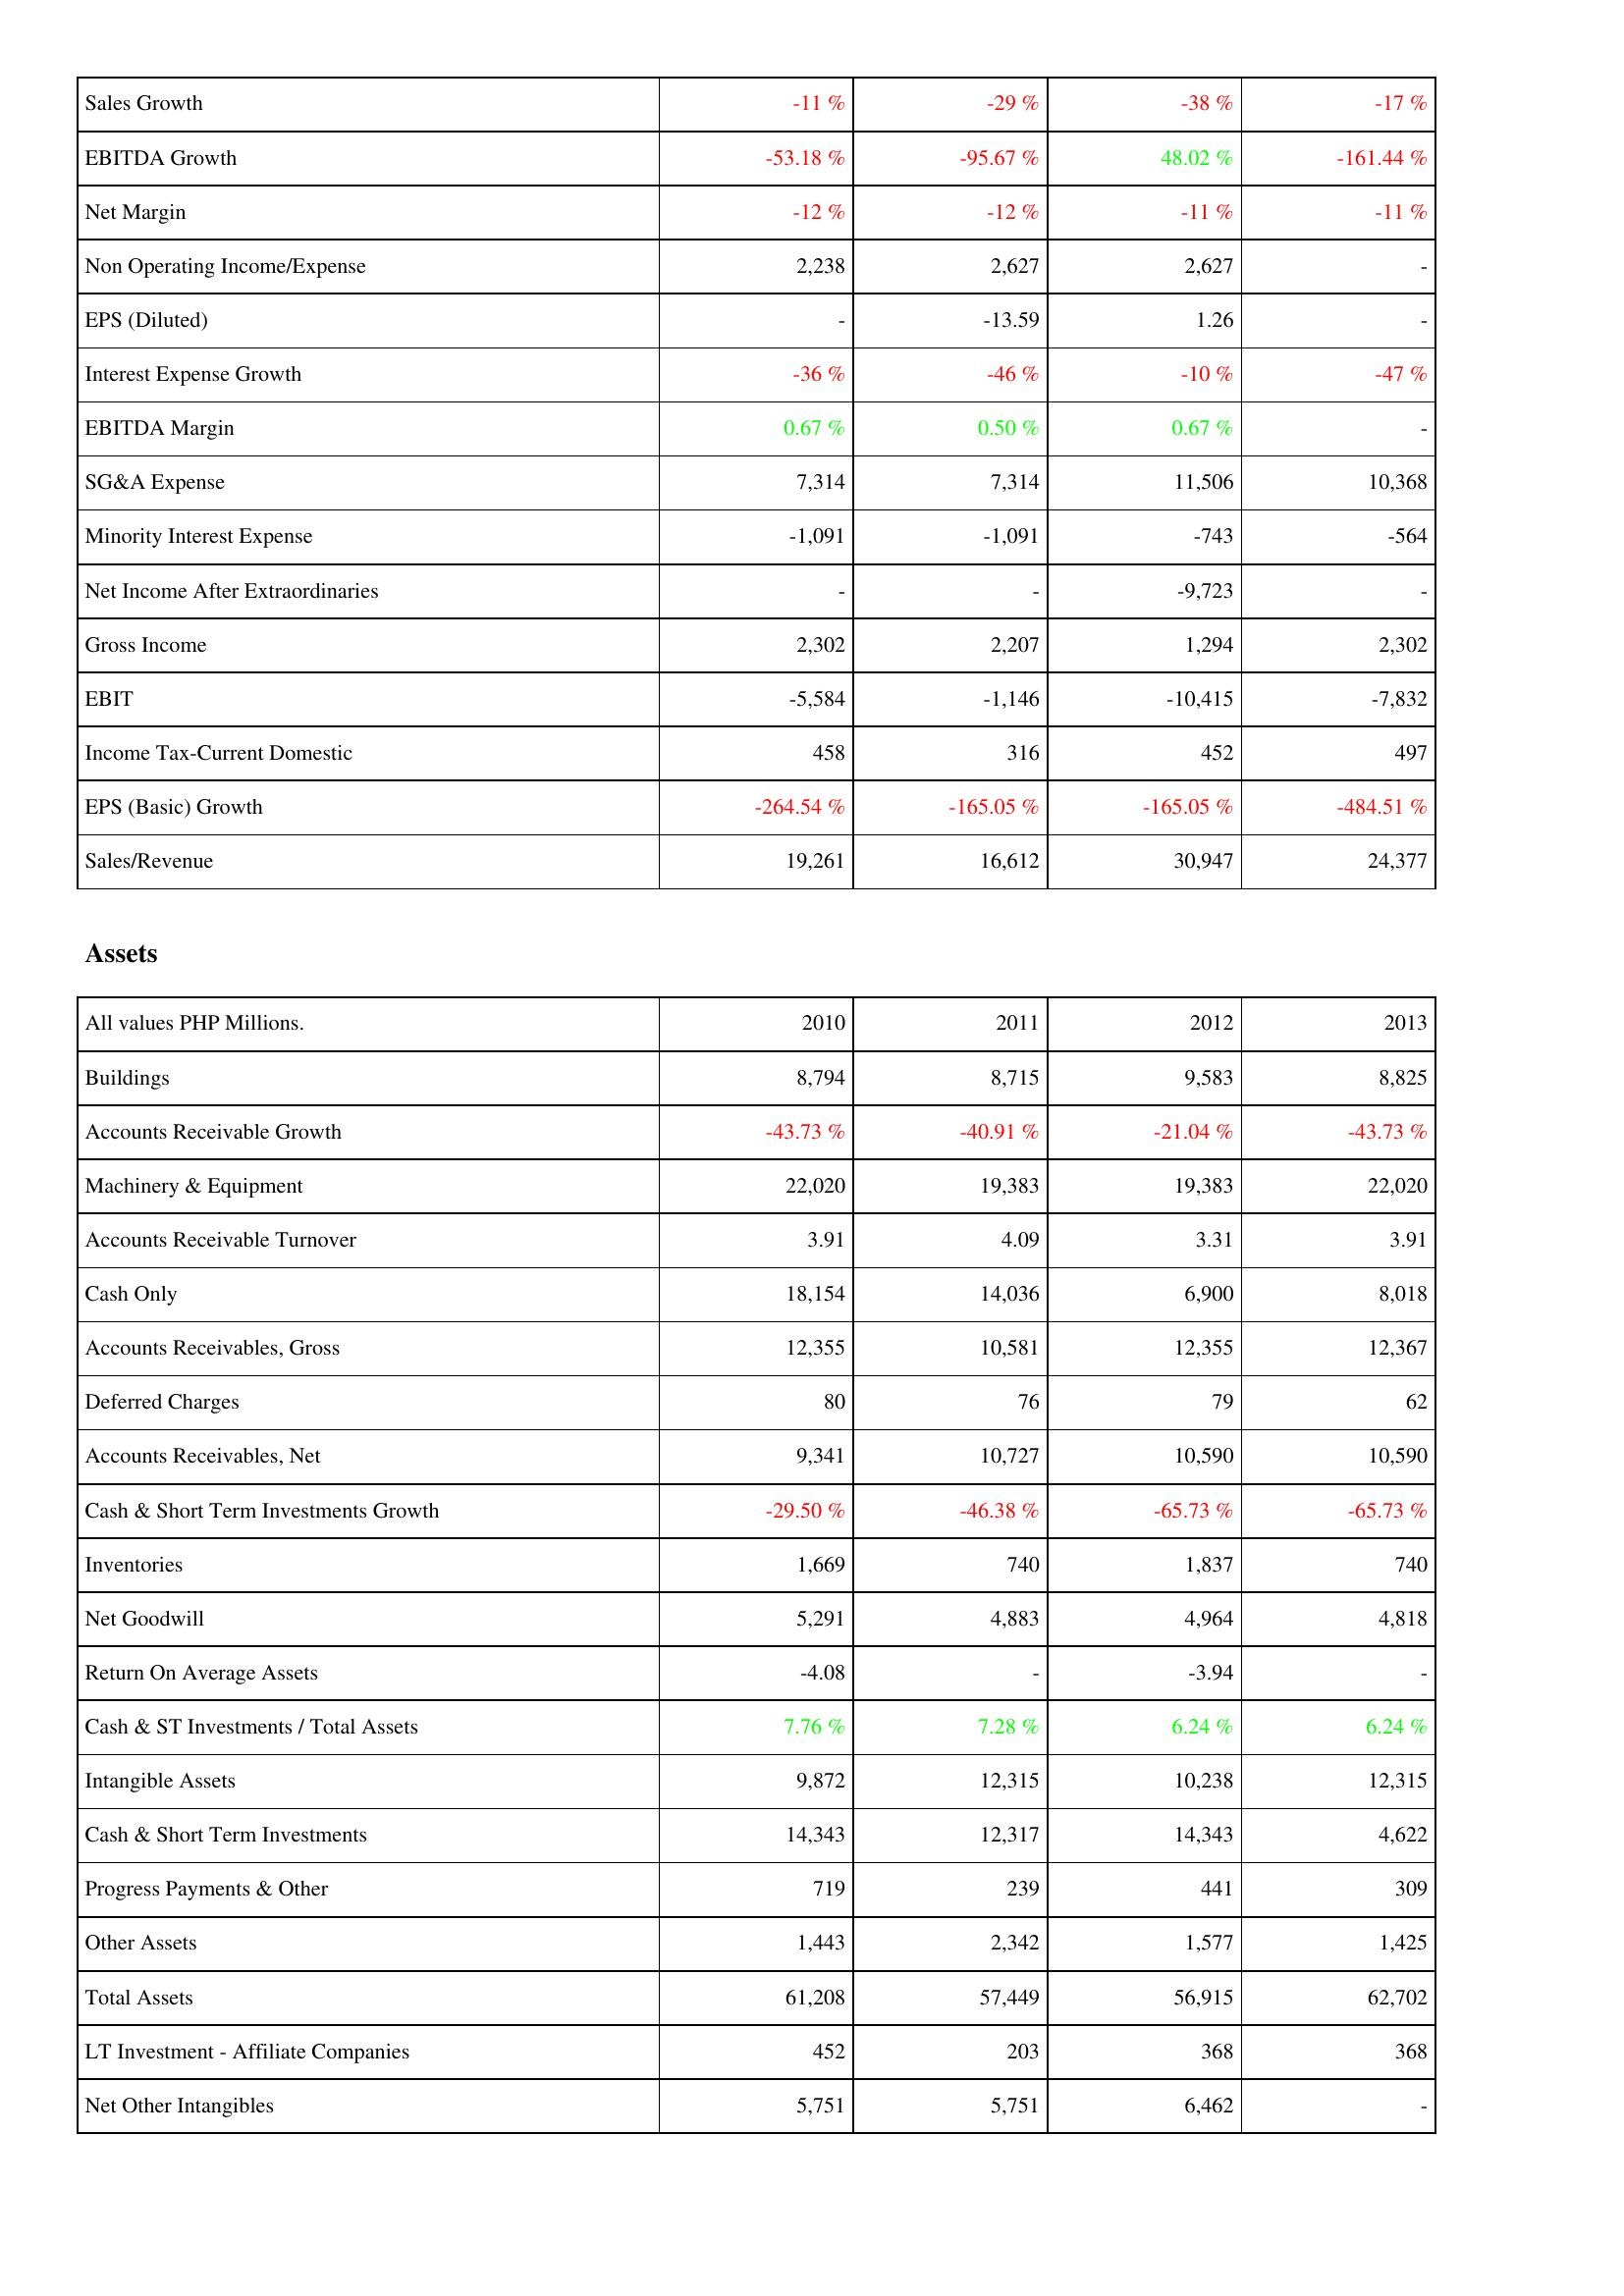
2010: Income Statement: Sales Growth: -11 %
EBITDA Growth: -53.18 %
Net Margin: -12 %
Non Operating Income/Expense: 2,238
EPS (Diluted): -
Interest Expense Growth: -36 %
EBITDA Margin: 0.67 %
SG&A Expense: 7,314
Minority Interest Expense: -1,091
Net Income After Extraordinaries: -
Gross Income: 2,302
EBIT: -5,584
Income Tax-Current Domestic: 458
EPS (Basic) Growth: -264.54 %
Sales/Revenue: 19,261
Assets: Buildings: 8,794
Accounts Receivable Growth: -43.73 %
Machinery & Equipment: 22,020
Accounts Receivable Turnover: 3.91
Cash Only: 18,154
Accounts Receivables, Gross: 12,355
Deferred Charges: 80
Accounts Receivables, Net: 9,341
Cash & Short Term Investments Growth: -29.50 %
Inventories: 1,669
Net Goodwill: 5,291
Return On Average Assets: -4.08
Cash & ST Investments / Total Assets: 7.76 %
Intangible Assets: 9,872
Cash & Short Term Investments: 14,343
Progress Payments & Other: 719
Other Assets: 1,443
Total Assets: 61,208
LT Investment - Affiliate Companies: 452
Net Other Intangibles: 5,751
2011: Income Statement: Sales Growth: -29 %
EBITDA Growth: -95.67 %
Net Margin: -12 %
Non Operating Income/Expense: 2,627
EPS (Diluted): -13.59
Interest Expense Growth: -46 %
EBITDA Margin: 0.50 %
SG&A Expense: 7,314
Minority Interest Expense: -1,091
Net Income After Extraordinaries: -
Gross Income: 2,207
EBIT: -1,146
Income Tax-Current Domestic: 316
EPS (Basic) Growth: -165.05 %
Sales/Revenue: 16,612
Assets: Buildings: 8,715
Accounts Receivable Growth: -40.91 %
Machinery & Equipment: 19,383
Accounts Receivable Turnover: 4.09
Cash Only: 14,036
Accounts Receivables, Gross: 10,581
Deferred Charges: 76
Accounts Receivables, Net: 10,727
Cash & Short Term Investments Growth: -46.38 %
Inventories: 740
Net Goodwill: 4,883
Return On Average Assets: -
Cash & ST Investments / Total Assets: 7.28 %
Intangible Assets: 12,315
Cash & Short Term Investments: 12,317
Progress Payments & Other: 239
Other Assets: 2,342
Total Assets: 57,449
LT Investment - Affiliate Companies: 203
Net Other Intangibles: 5,751
2012: Income Statement: Sales Growth: -38 %
EBITDA Growth: 48.02 %
Net Margin: -11 %
Non Operating Income/Expense: 2,627
EPS (Diluted): 1.26
Interest Expense Growth: -10 %
EBITDA Margin: 0.67 %
SG&A Expense: 11,506
Minority Interest Expense: -743
Net Income After Extraordinaries: -9,723
Gross Income: 1,294
EBIT: -10,415
Income Tax-Current Domestic: 452
EPS (Basic) Growth: -165.05 %
Sales/Revenue: 30,947
Assets: Buildings: 9,583
Accounts Receivable Growth: -21.04 %
Machinery & Equipment: 19,383
Accounts Receivable Turnover: 3.31
Cash Only: 6,900
Accounts Receivables, Gross: 12,355
Deferred Charges: 79
Accounts Receivables, Net: 10,590
Cash & Short Term Investments Growth: -65.73 %
Inventories: 1,837
Net Goodwill: 4,964
Return On Average Assets: -3.94
Cash & ST Investments / Total Assets: 6.24 %
Intangible Assets: 10,238
Cash & Short Term Investments: 14,343
Progress Payments & Other: 441
Other Assets: 1,577
Total Assets: 56,915
LT Investment - Affiliate Companies: 368
Net Other Intangibles: 6,462
2013: Income Statement: Sales Growth: -17 %
EBITDA Growth: -161.44 %
Net Margin: -11 %
Non Operating Income/Expense: -
EPS (Diluted): -
Interest Expense Growth: -47 %
EBITDA Margin: -
SG&A Expense: 10,368
Minority Interest Expense: -564
Net Income After Extraordinaries: -
Gross Income: 2,302
EBIT: -7,832
Income Tax-Current Domestic: 497
EPS (Basic) Growth: -484.51 %
Sales/Revenue: 24,377
Assets: Buildings: 8,825
Accounts Receivable Growth: -43.73 %
Machinery & Equipment: 22,020
Accounts Receivable Turnover: 3.91
Cash Only: 8,018
Accounts Receivables, Gross: 12,367
Deferred Charges: 62
Accounts Receivables, Net: 10,590
Cash & Short Term Investments Growth: -65.73 %
Inventories: 740
Net Goodwill: 4,818
Return On Average Assets: -
Cash & ST Investments / Total Assets: 6.24 %
Intangible Assets: 12,315
Cash & Short Term Investments: 4,622
Progress Payments & Other: 309
Other Assets: 1,425
Total Assets: 62,702
LT Investment - Affiliate Companies: 368
Net Other Intangibles: -